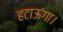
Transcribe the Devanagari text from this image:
हटाऊंगा।